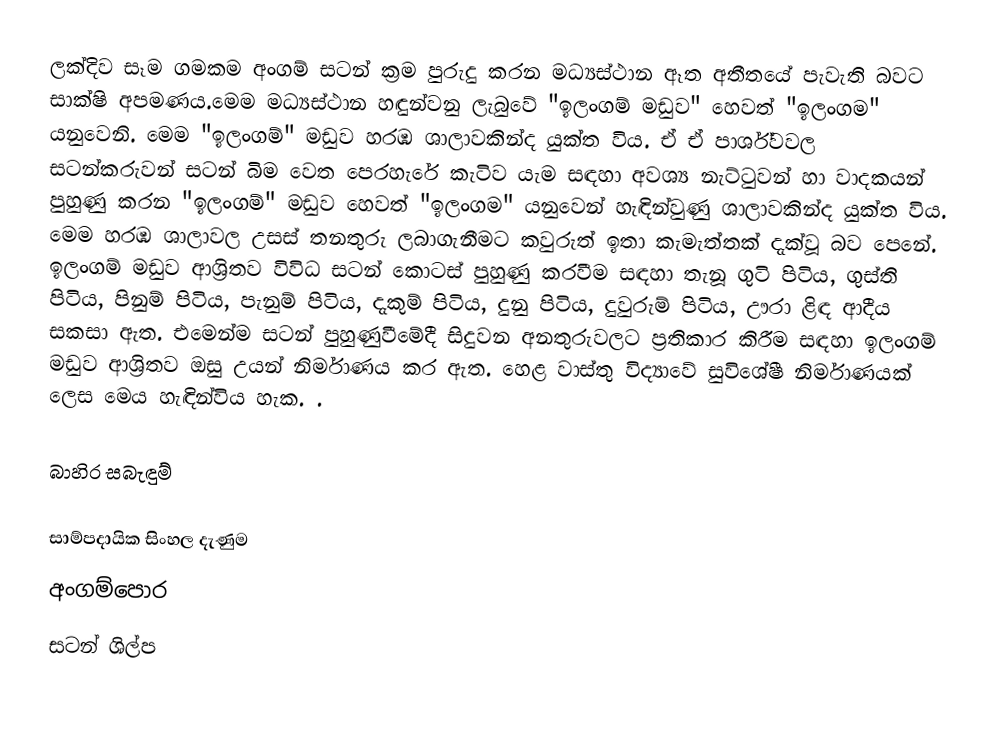
ලක්‌දිව සෑම ගමකම  අංගම් සටන් ක්‍රම පුරුදු කරන මධ්‍යස්‌ථාන ඈත අතීතයේ පැවැති බවට සාක්‌ෂි අපමණය.මෙම මධ්‍යස්‌ථාන හඳුන්වනු ලැබුවේ "ඉලංගම් මඩුව" හෙවත් "ඉලංගම" යනුවෙනි. මෙම "ඉලංගම්" මඩුව හරඹ ශාලාවකින්ද යුක්‌ත විය. ඒ ඒ පාර්ශ්වවල සටන්කරුවන් සටන් බිම වෙත පෙරහැරේ කැටිව යැම සඳහා අවශ්‍ය නැට්‌ටුවන් හා වාදකයන් පුහුණු කරන "ඉලංගම්" මඩුව හෙවත් "ඉලංගම" යනුවෙන් හැඳින්වුණු ශාලාවකින්ද යුක්‌ත විය. මෙම හරඹ ශාලාවල උසස්‌ තනතුරු ලබාගැනීමට කවුරුත් ඉතා කැමැත්තක්‌ දැක්‌වූ බව පෙනේ. ඉලංගම් මඩුව ආශ්‍රිතව විවිධ සටන් කොටස් පුහුණු කරවීම සඳහා තැනූ ගුටි පිටිය, ගුස්ති පිටිය, පිනුම් පිටිය, පැනුම් පිටිය, දැකුම් පිටිය, දුනු පිටිය, දුවුරුම් පිටිය, ඌරා ළිඳ ආදීය සකසා ඇත. එමෙන්ම සටන් පුහුණුවීමේදී සිදුවන අනතුරුවලට ප්‍රතිකාර කිරීම සඳහා ඉලංගම්  මඩුව ආශ්‍රිතව ඔසු උයන් නිර්මාණය කර ඇත. හෙළ වාස්තු විද්‍යාවේ සුවිශේෂී නිර්මාණයක් ලෙස මෙය හැඳින්විය හැක. .

බාහිර සබැඳුම්

සාම්පදායික සිංහල දැණුම
අංගම්පොර
සටන් ශිල්ප